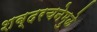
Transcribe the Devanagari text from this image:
शब्दरचनेमुळे